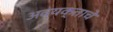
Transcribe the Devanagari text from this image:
अव्यक्ताचे